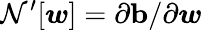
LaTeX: \mathcal{N^{\prime}}[\boldsymbol{w}]=\partial\mathbf{b}/\partial\boldsymbol{w}